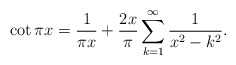
\begin{align*}\cot\pi x={1\over\pi x}+{2x\over\pi}\sum_{k=1}^\infty{1\over x^2-k^2}.\end{align*}